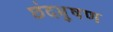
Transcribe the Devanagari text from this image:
छंदभूषण